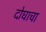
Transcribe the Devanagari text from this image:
दोघाचा